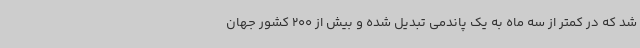
شد که در کمتر از سه ماه به یک پاندمی تبدیل شده و بیش از 200 کشور جهان